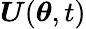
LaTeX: \boldsymbol U(\boldsymbol\theta,t)